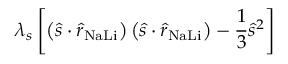
\lambda _ { s } \left[ \left( \hat { s } \cdot \hat { r } _ { \mathrm { N a L i } } \right) \left( \hat { s } \cdot \hat { r } _ { \mathrm { N a L i } } \right) - \frac { 1 } { 3 } \hat { s } ^ { 2 } \right]